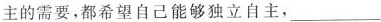
主的需要，都希望自己能够独立自主，__。